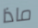
ماذا